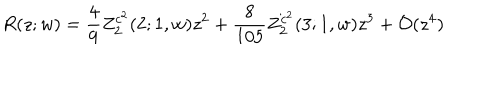
R ( z ; w ) = \frac { 4 } { 9 } Z _ { 2 } ^ { c ^ { 2 } } ( 2 ; 1 , w ) z ^ { 2 } + \frac { 8 } { 1 0 5 } Z _ { 2 } ^ { c ^ { 2 } } ( 3 ; 1 , w ) z ^ { 3 } + { \cal O } ( z ^ { 4 } )